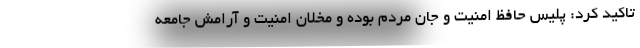
تاکید کرد: پلیس حافظ امنیت و جان مردم بوده و مخلان امنیت و آرامش جامعه